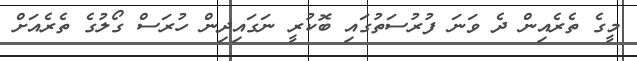
މީގެ ތެރެއިން ދެ ވަނަ ފުރުސަތުގައި ބޮކުރީ ނަގައިދިން ހުރަސް ގޯލުގެ ތެރެއަށް